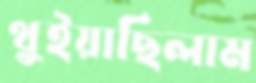
থুইয়াছিলাম